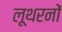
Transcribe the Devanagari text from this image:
लूथरनों